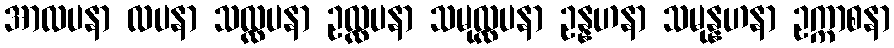
အာလပနာ လပနာ သလ္လပနာ ဥလ္လပနာ သမုလ္လပနာ ဥန္နဟနာ သမုန္နဟနာ ဥက္ကာစနာ